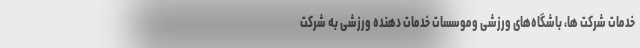
خدمات شرکت ها، باشگاه‌های ورزشی وموسسات خدمات دهنده ورزشی به شرکت